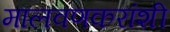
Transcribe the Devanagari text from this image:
मालवणकरांशी